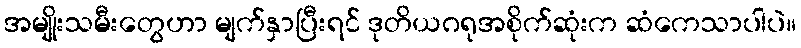
အမျိုးသမီးတွေဟာ မျက်နှာပြီးရင် ဒုတိယဂရုအစိုက်ဆုံးက ဆံကေသာပါပဲ။